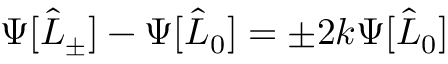
\Psi [ \hat { L } _ { \pm } ] - \Psi [ \hat { L } _ { 0 } ] = \pm 2 k \Psi [ \hat { L } _ { 0 } ]